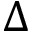
\Delta